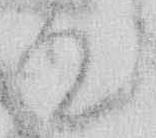
て